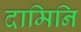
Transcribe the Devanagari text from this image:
दामिनि